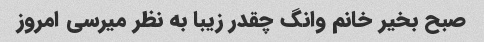
صبح بخیر خانم وانگ چقدر زیبا به نظر میرسی امروز